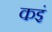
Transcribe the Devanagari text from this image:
कइं